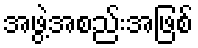
အဖွဲ့အစည်းအဖြစ်